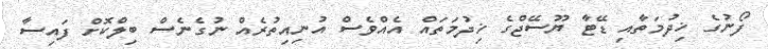
ފޯނުގެ ޚިދުމަތާއި ޑޭޓާ ޔޫސޭޖްގެ ޚިދުމަތައް އެއްވެސް އުނިއިތުރެއް ނުގެނެސް ބިލްކޮށް ފައިސާ